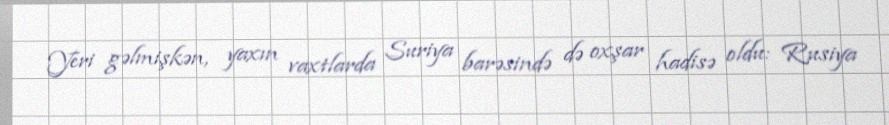
Yeri gəlmişkən, yaxın vaxtlarda Suriya barəsində də oxşar hadisə oldu: Rusiya